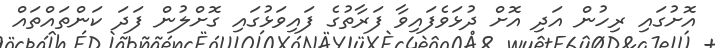
އޮށުގައި ރިހުން އަދި އޮށް ދުޅަވެފައިވާ ފަރާތުގެ ފައިވަޅުގައި ގޮށްލުން ފަދަ ކަންތައްތައް